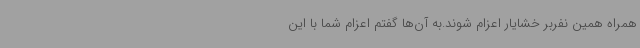
همراه همین نفربر خشایار اعزام شوند.به آن‌ها گفتم اعزام شما با این